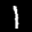
Label: 1